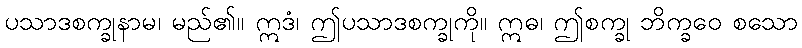
ပသာဒစက္ခုနာမ၊ မည်၏။ ဣဒံ၊ ဤပသာဒစက္ခုကို။ ဣဓ၊ ဤစက္ခု ဘိက္ခဝေ စသော